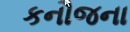
કનૌજના